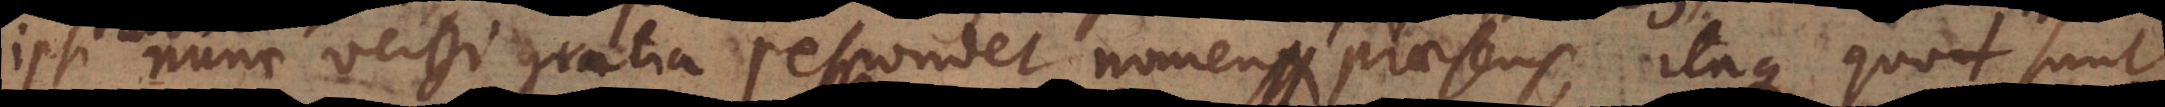
ipsi nunc verbi gratia respondet nomen praesens, itaque quot sunt